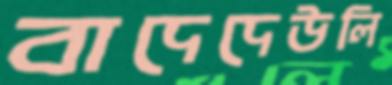
বাদেদেউলি